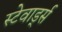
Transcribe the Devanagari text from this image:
स्टेवार्ड्स